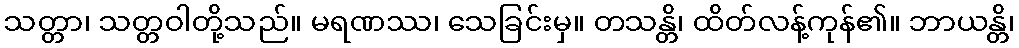
သတ္တာ၊ သတ္တဝါတို့သည်။ မရဏဿ၊ သေခြင်းမှ။ တသန္တိ၊ ထိတ်လန့်ကုန်၏။ ဘာယန္တိ၊